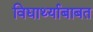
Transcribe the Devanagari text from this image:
विद्यार्थ्याबाबत